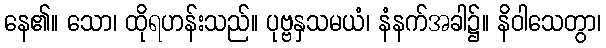
နေ၏။ သော၊ ထိုရဟန်းသည်။ ပုဗ္ဗနှသမယံ၊ နံနက်အခါ၌။ နိဝါသေတွာ၊